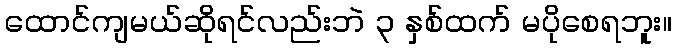
ထောင်ကျမယ်ဆိုရင်လည်းဘဲ ၃ နှစ်ထက် မပိုစေရဘူး။